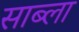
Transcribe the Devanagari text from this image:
साब्ला